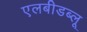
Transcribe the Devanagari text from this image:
एलबीडब्लू